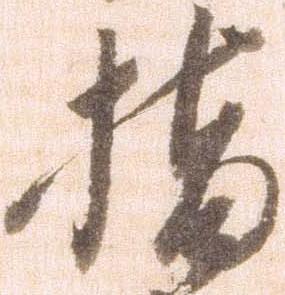
指